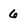
Character: 6